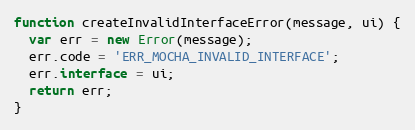
Language: JavaScript
function createInvalidInterfaceError(message, ui) {
  var err = new Error(message);
  err.code = 'ERR_MOCHA_INVALID_INTERFACE';
  err.interface = ui;
  return err;
}